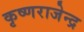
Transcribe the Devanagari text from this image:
कृष्णराजेन्द्र